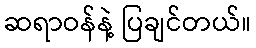
ဆရာဝန်နဲ့ ပြချင်တယ်။